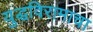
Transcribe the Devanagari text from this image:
युद्धविरामाचा